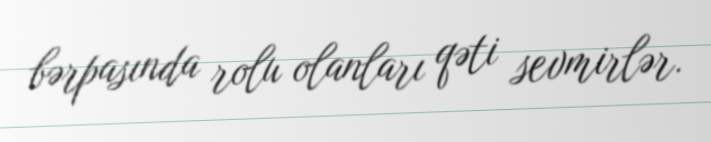
bərpasında rolu olanları qəti sevmirlər.